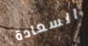
السعادة